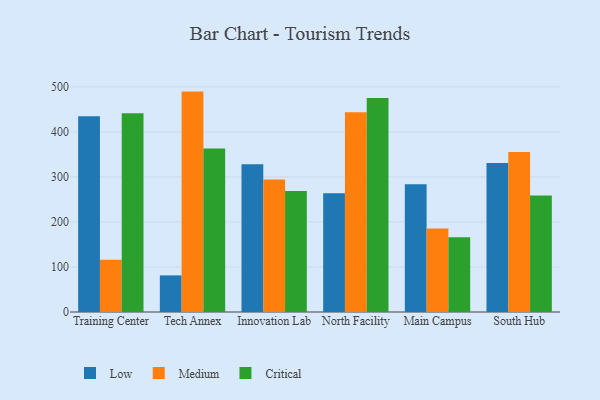
{"axis": {"x": "Campus", "y": "Shipments"}, "legend": ["Critical", "Low", "Medium"], "data": [{"x": "Training Center", "y": 434.7, "type": "Low"}, {"x": "Training Center", "y": 116.3, "type": "Medium"}, {"x": "Training Center", "y": 441.6, "type": "Critical"}, {"x": "Tech Annex", "y": 81.3, "type": "Low"}, {"x": "Tech Annex", "y": 489.5, "type": "Medium"}, {"x": "Tech Annex", "y": 363.4, "type": "Critical"}, {"x": "Innovation Lab", "y": 328.3, "type": "Low"}, {"x": "Innovation Lab", "y": 294.2, "type": "Medium"}, {"x": "Innovation Lab", "y": 268.8, "type": "Critical"}, {"x": "North Facility", "y": 263.6, "type": "Low"}, {"x": "North Facility", "y": 443.5, "type": "Medium"}, {"x": "North Facility", "y": 475.1, "type": "Critical"}, {"x": "Main Campus", "y": 283.9, "type": "Low"}, {"x": "Main Campus", "y": 185.7, "type": "Medium"}, {"x": "Main Campus", "y": 166.2, "type": "Critical"}, {"x": "South Hub", "y": 331.2, "type": "Low"}, {"x": "South Hub", "y": 355.3, "type": "Medium"}, {"x": "South Hub", "y": 258.5, "type": "Critical"}]}